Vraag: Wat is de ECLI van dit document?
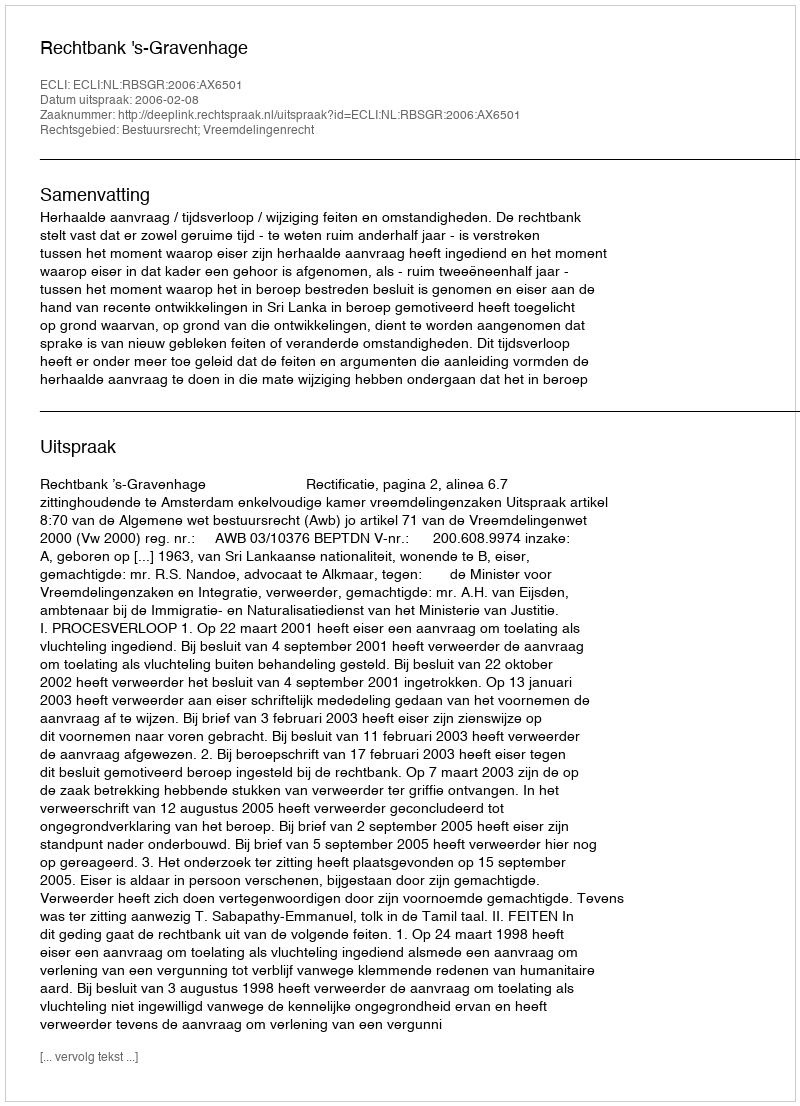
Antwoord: ECLI:NL:RBSGR:2006:AX6501